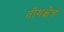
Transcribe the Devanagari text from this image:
तीथक्षेत्र